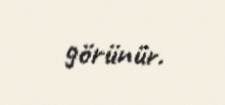
görünür.